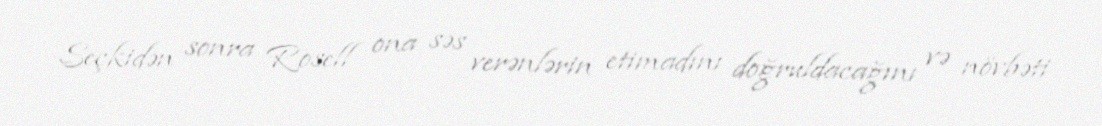
Seçkidən sonra Rosell ona səs verənlərin etimadını doğruldacağını və növbəti